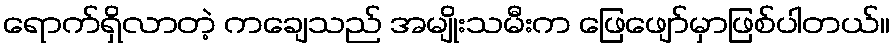
ရောက်ရှိလာတဲ့ ကချေသည် အမျိုးသမီးက ဖြေဖျော်မှာဖြစ်ပါတယ်။